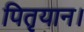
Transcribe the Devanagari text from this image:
पितृयान।